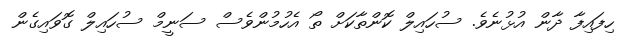
ހިފައިފާ ދާން އުޅުނެވެ. ސުހައިލް ކޮންތާކަށް ތޯ އެހުމުންވެސް ސަނީމް ސުހައިލް ގޮވައިގެން